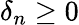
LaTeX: \delta_{n}\geq 0